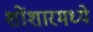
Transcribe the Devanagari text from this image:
शोंशारमध्ये